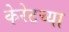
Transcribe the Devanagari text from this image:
केरेटच्या